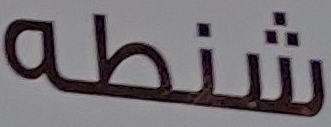
شنطه